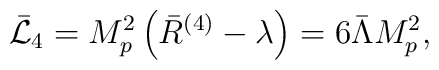
\bar{\cal L}_4 = M_p ^2\left( \bar{R}^{(4)}-\lambda\right) =6\bar{\Lambda}M_p ^2 ,